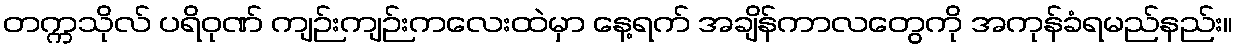
တက္ကသိုလ် ပရိဝုဏ် ကျဉ်းကျဉ်းကလေးထဲမှာ နေ့ရက် အချိန်ကာလတွေကို အကုန်ခံရမည်နည်း။